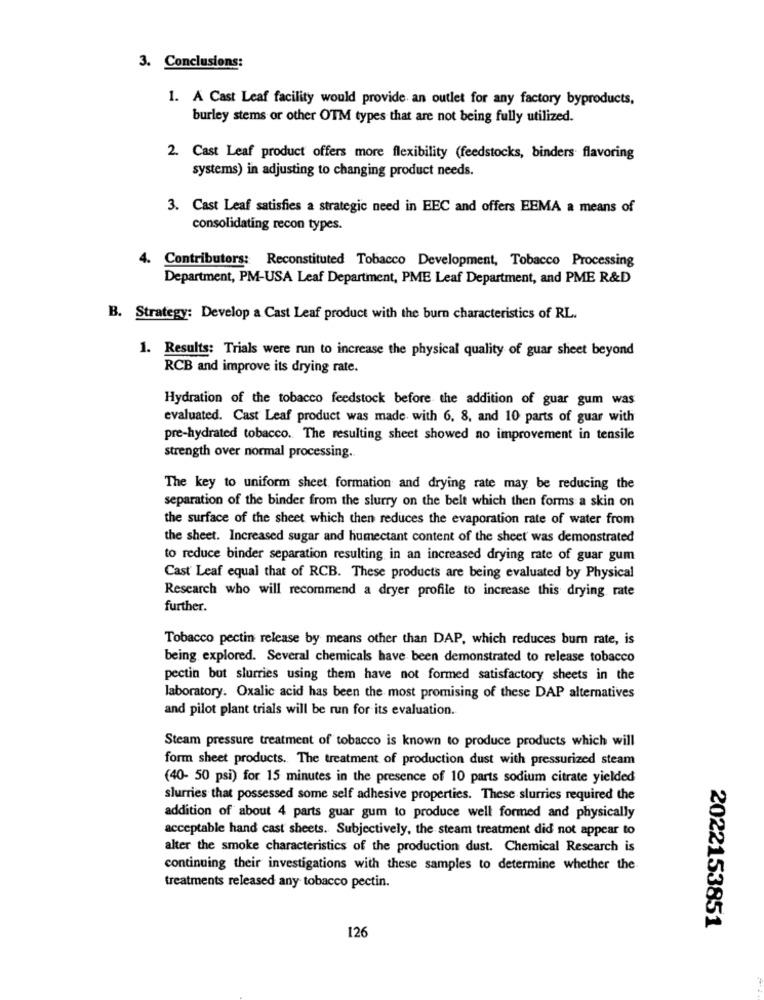
3. Conclusions:
1. A Cast Leaf facility would provide an outlet for any factory byproducts,
burley stems or other OTM types that are not being fully utilized.
2. Cast Leaf product offers more flexibility (feedstocks, binders flavoring
systems) in adjusting to changing product needs.
3. Cast Leaf satisfies a strategic need in EEC and offers EEMA a means of
consolidating recon types.
4. Contributors: Reconstituted Tobacco Development, Tobacco Processing
Department, PM-USA Leaf Department, PME Leaf Department, and PME R&D
B. Strategy: Develop a Cast Leaf product with the burn characteristics of RL.
1. Results: Trials were run to increase the physical quality of guar sheet beyond
RCB and improve its drying rate.
Hydration of the tobacco feedstock before the addition of guar gum was
evaluated. Cast Leaf product was made with 6, 8, and 10 parts of guar with
pre-hydrated tobacco. The resulting sheet showed no improvement in tensile
strength over normal processing.
The key to uniform sheet formation and drying rate may be reducing the
separation of the binder from the slurry on the belt which then forms a skin on
the surface of the sheet which then reduces the evaporation rate of water from
the sheet. Increased sugar and humectant content of the sheet was demonstrated
to reduce binder separation resulting in an increased drying rate of guar gum
Cast Leaf equal that of RCB. These products are being evaluated by Physical
Research who will recommend a dryer profile to increase this drying rate
further.
Tobacco pectin release by means other than DAP, which reduces burn rate, is
being explored. Several chemicals have been demonstrated to release tobacco
pectin but slurries using them have not formed satisfactory sheets in the
laboratory. Oxalic acid has been the most promising of these DAP alternatives
and pilot plant trials will be run for its evaluation.
Steam pressure treatment of tobacco is known to produce products which will
form sheet products. The treatment of production dust with pressurized steam
(40- 50 psi) for 15 minutes in the presence of 10 parts sodium citrate yielded
slurries that possessed some self adhesive properties. These slurries required the
addition of about 4 parts guar gum to produce well formed and physically
acceptable hand cast sheets. Subjectively, the steam treatment did not appear to
alter the smoke characteristics of the production dust. Chemical Research is
continuing their investigations with these samples to determine whether the
treatments released any tobacco pectin.
2022153851
126